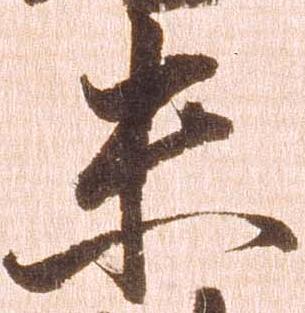
未